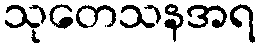
သုတေသနအရ